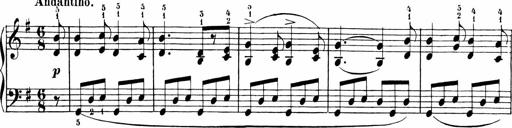
Title: Sonatinen Op.47, 98 und 136, nebst 6 Liedersonatinen
Composer: Carl Reinecke